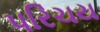
પરિચય